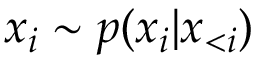
x _ { i } \sim p ( x _ { i } | \boldsymbol { x } _ { < i } )